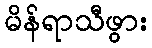
မိန်ရာသီဖွား